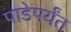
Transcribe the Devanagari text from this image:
पाडेपर्यंत